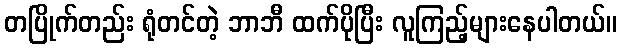
တပြိုက်တည်း ရုံတင်တဲ့ ဘာဘီ ထက်ပိုပြီး လူကြည့်များနေပါတယ်။